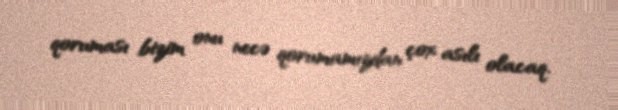
qoruması bizim onu necə qorumamızdan çox asılı olacaq.